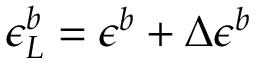
\epsilon _ { L } ^ { b } = \epsilon ^ { b } + \Delta \epsilon ^ { b }